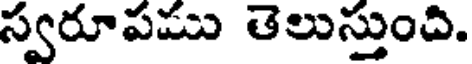
స్వరూపము తెలుస్తుంచి.